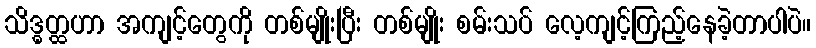
သိဒ္ဓတ္ထဟာ အကျင့်တွေကို တစ်မျိုးပြီး တစ်မျိုး စမ်းသပ် လေ့ကျင့်ကြည့်နေခဲ့တာပါပဲ။